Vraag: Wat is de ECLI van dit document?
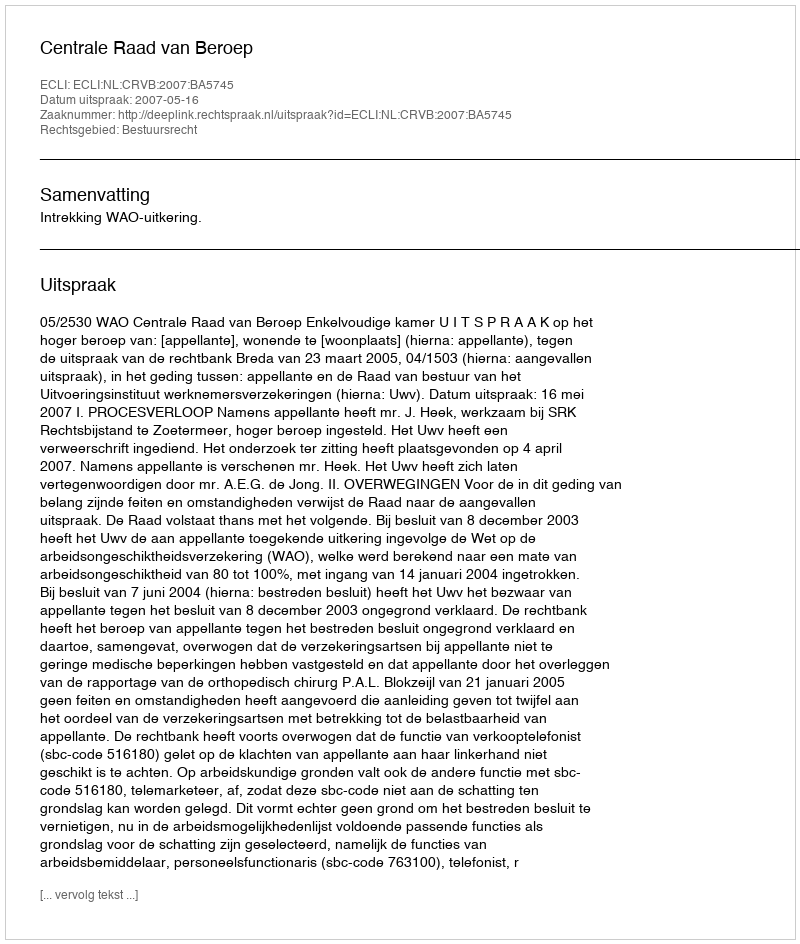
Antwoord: ECLI:NL:CRVB:2007:BA5745